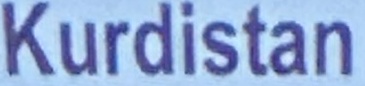
Kurditsan